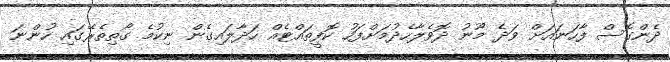
ދެންގޮސް ފާހަނައަށް ވަދެ މޫނު ދޮވެލާހެދުމަށްފަހު ކޮފީތައްޓެއް ހަދާލައިގެން ނިކުމެ ގޯތިތެރޭގައި ހުންނަ